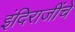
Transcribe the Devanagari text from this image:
इंदिराजींचे